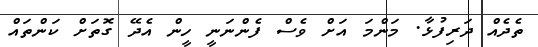
ތެދެއް ދަރިފުޅާ. މަންމަ އަށް ވެސް ފެންނަނީ ހީން އެދޭ ގޮތަށް ކަންތައް